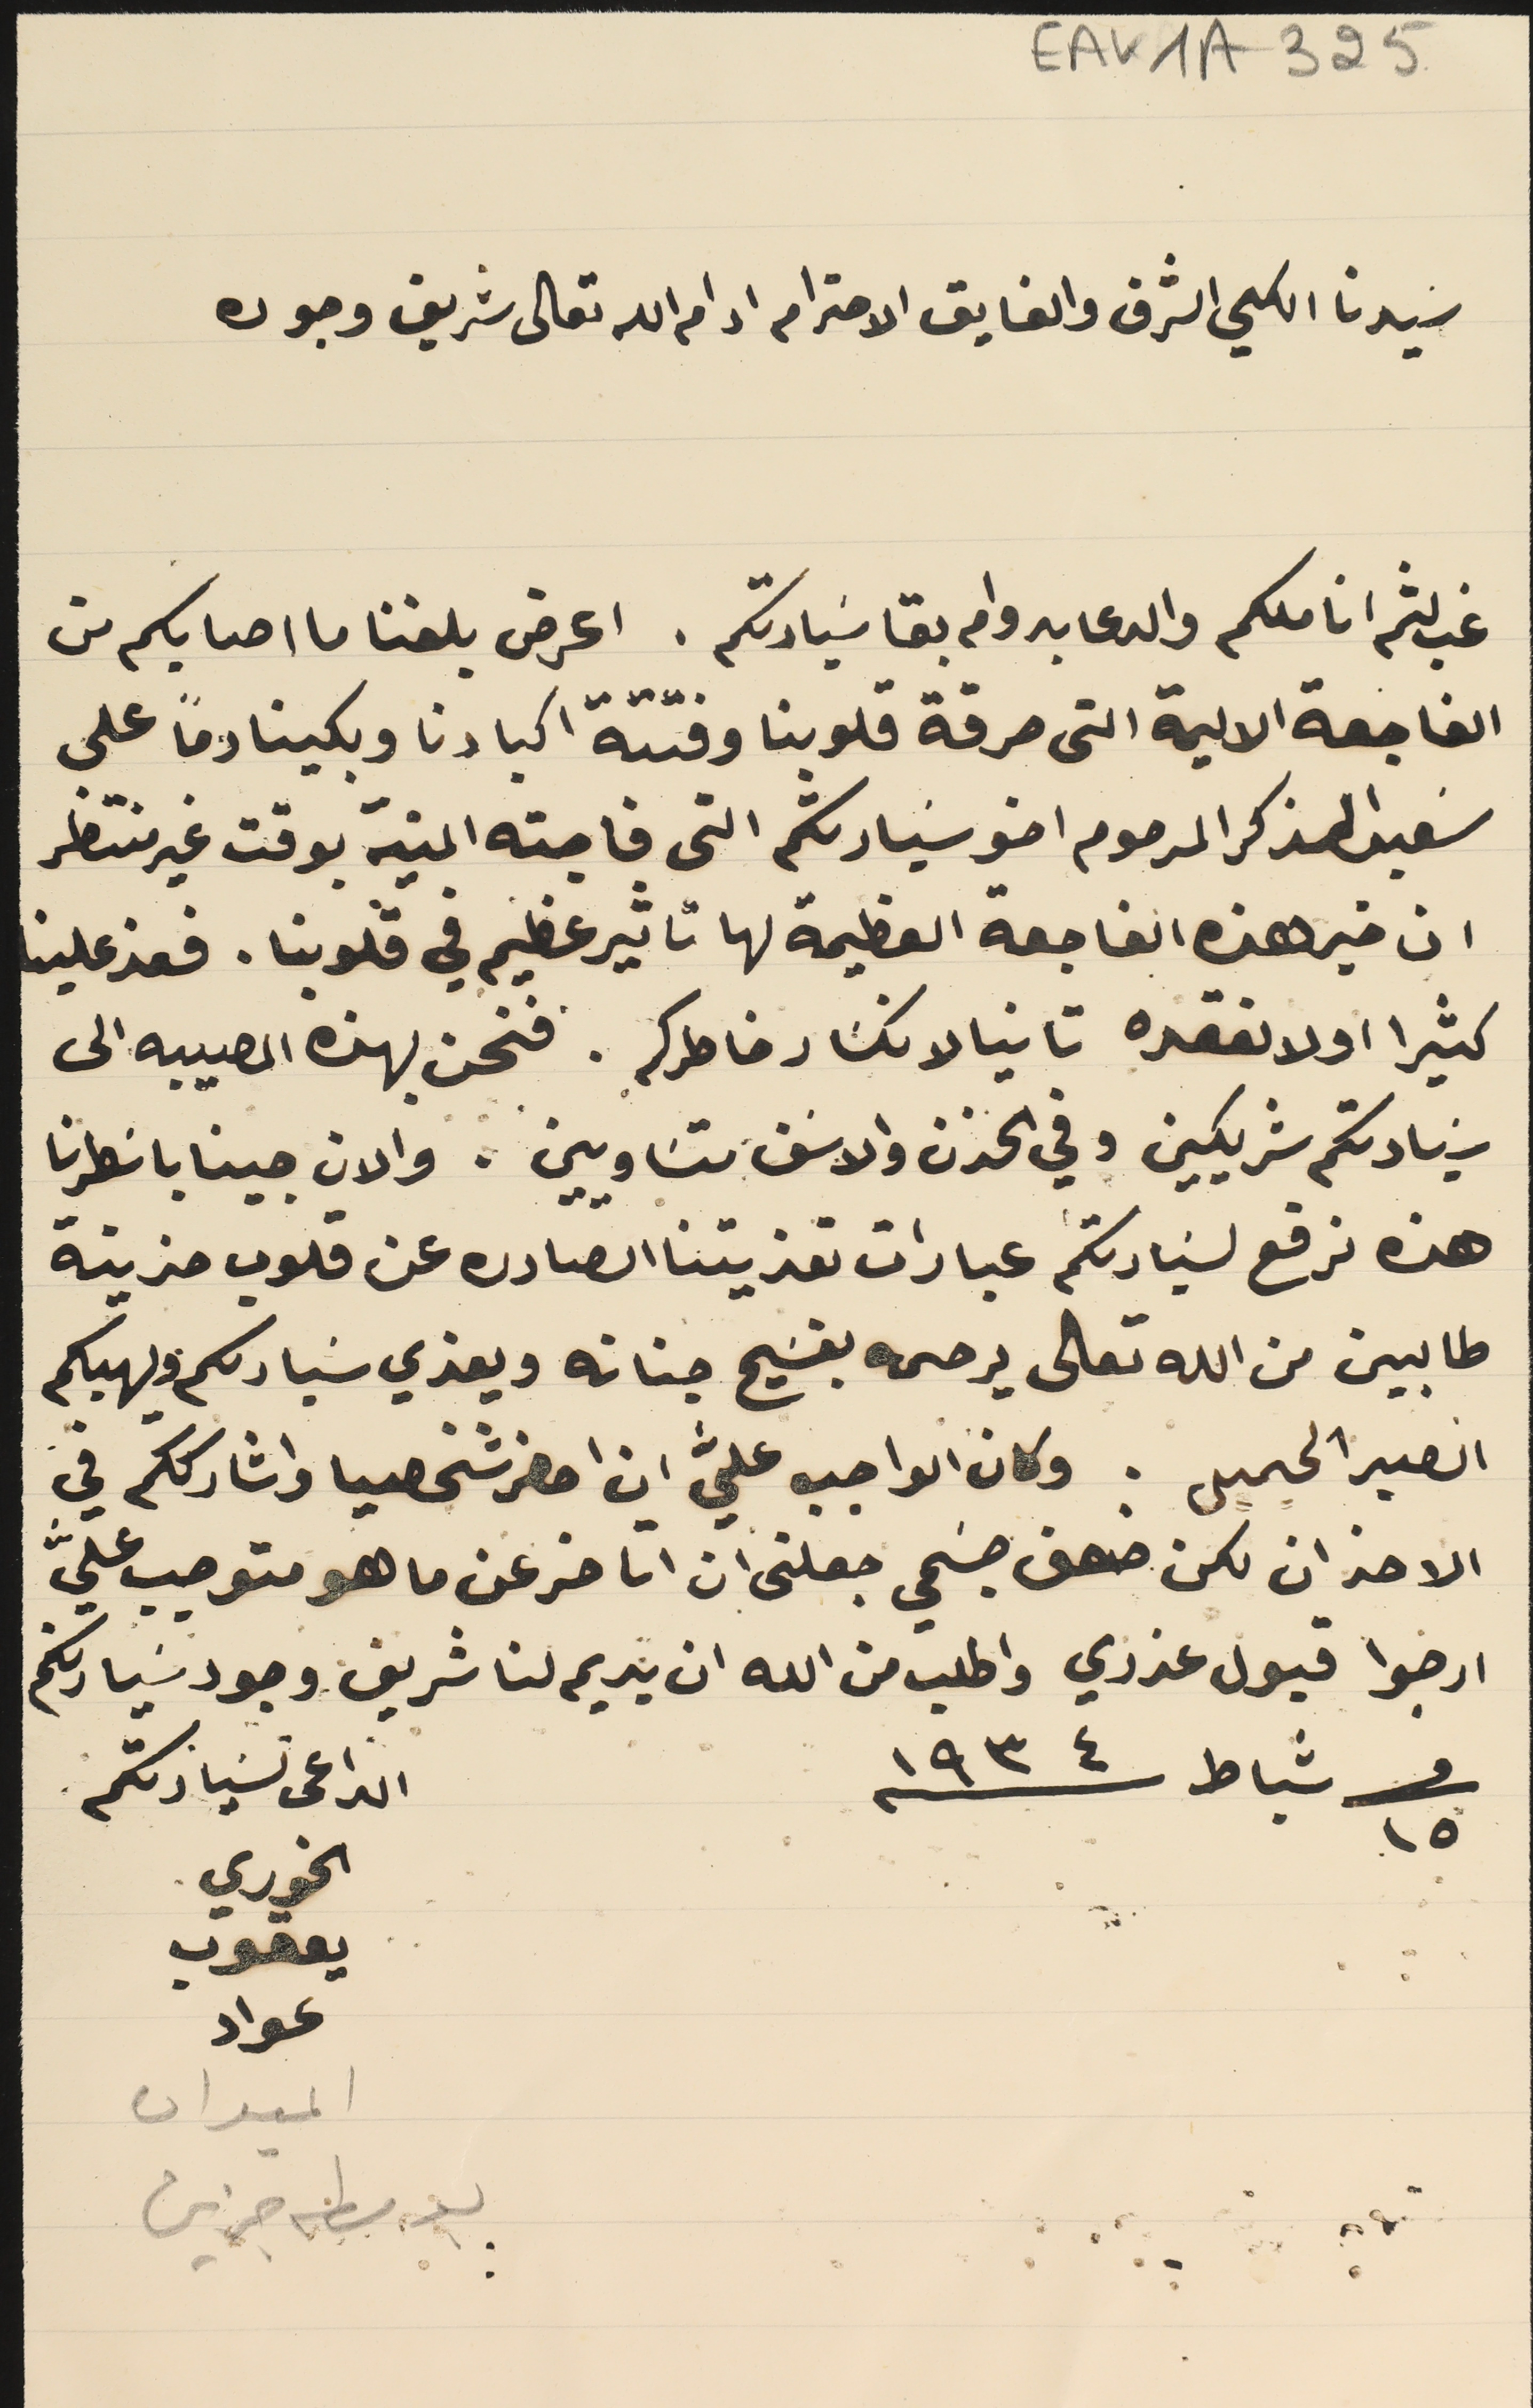
EAK1A - 325
سَيدنا الكلي الشرف والفايق الاحترام ادام الله تعالى شريف وجوده
 غب لثم اناملكم والدعا بدوام بقا سَيادتكم. اعرض بلغنا ما اصابكم من
الفاجعة الاليمة التى حرقة قلوبنا وفتتة اكبادنا وبكينا دمًا على
سَعيد الذكر المرحوم اخو سَيادتكم التى فاجته المنية بوقت غير منتظر
ان خبر هذه الفاجعة العظيمة لها تاثير عظيم في قلوبنا. فعذ علينا
كثيرا اولا لفقده تانيا لانكسَار خاطركم. فنحن بهذه المصيبه الى
سَيادتكم شريكين وفي الحزن والاسَف متسَاويين . والان جينا باسَطرنا
هذه نرفع لسَيادتكم عبارات تعزيتنا الصادره عن قلوب حزينة
طالبين من الله تعالى يرحمه بفسَيح جناته ويعزي سَيادتكم ويهبكم
الصبر الجميل. وكان الواجب عليَّ ان احضر شخصيا واشارككم في
الاحزان لكن ضعف جسَمي جعلنى ان اتاخر عن ما هو متوجب عليَّ
ارجوا قبول عذري واطلب من الله ان يديم لنا شريف وجود سَيادتكم
فى ١٥ شباط ١٩٣٤
الميدان
بوسطه جزين
الداعى  لسَيادتكم
الخوري
يعقوب
عواد